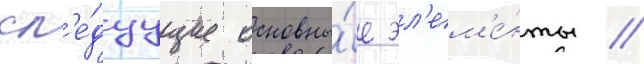
сл'е́дуущие основны́е эл'ем'е́нты //